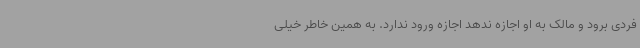
فردی برود و مالک به او اجازه ندهد اجازه ورود ندارد. به همین خاطر خیلی